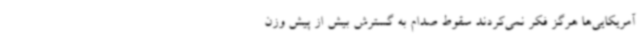
آمریکایی‌ها هرگز فکر نمی‌کردند سقوط صدام به گسترش بیش از پیش وزن